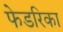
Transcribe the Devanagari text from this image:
फेडरिका